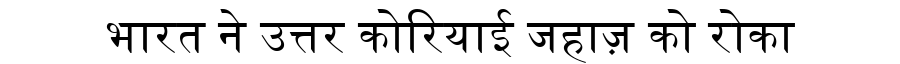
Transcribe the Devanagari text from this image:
भारत ने उत्तर कोरियाई जहाज़ को रोका